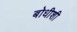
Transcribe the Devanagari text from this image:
बोधीशी